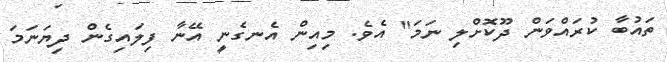
ތައުބާ ކުރައްވަން ދޫކޮށްލި ނަމަ'' އެވެ. މިއިން އެނގެނީ އޭނާ ފިލައިގެން ދިޔަނަމަ